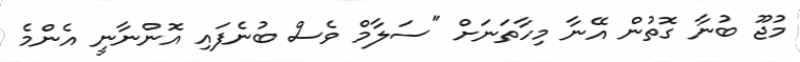
މުޖޫ ބުނާ ގޮތުން އޭނާ މިހާތަނަށް "ސަލާމް ވެސް ބުނެފައި އޮންނާނީ އެންމެ